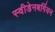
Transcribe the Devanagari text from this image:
स्वीडेनबर्गियन